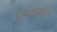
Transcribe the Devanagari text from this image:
भाषांतराबरोबर